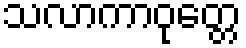
သလာကာဝုတ္တေ